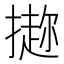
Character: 𪮭